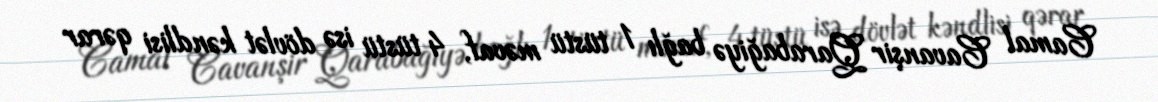
Camal Cavanşir Qarabağiyə bağlı 1 tüstü məvaf, 4 tüstü isə dövlət kəndlisi qərar